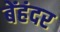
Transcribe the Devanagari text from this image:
बेंहंदर